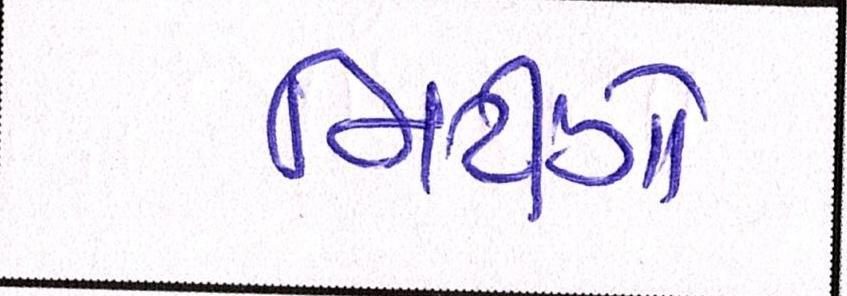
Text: મિટિંગો